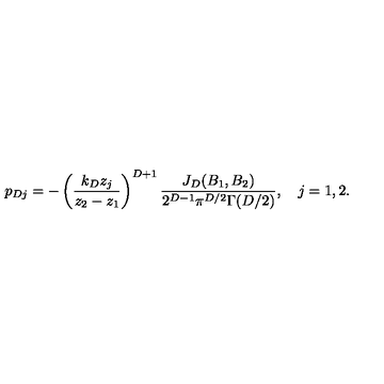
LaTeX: p _ { D j } = - \left( \frac { k _ { D } z _ { j } } { z _ { 2 } - z _ { 1 } } \right) ^ { D + 1 } \frac { J _ { D } ( B _ { 1 } , B _ { 2 } ) } { 2 ^ { D - 1 } \pi ^ { D / 2 } \Gamma ( D / 2 ) } , \quad j = 1 , 2 .